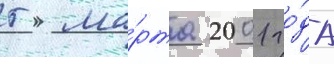
5 ма́рта 2001 го́да